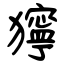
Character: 獰